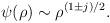
LaTeX: \begin{align*}\psi(\rho) \sim \rho^{(1 \pm j) /2}.\end{align*}